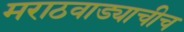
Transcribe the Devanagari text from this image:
मराठवाड्याचीच